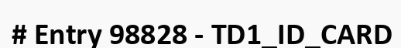
# Entry 98828 - TD1_ID_CARD